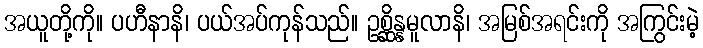
အယူတို့ကို။ ပဟီနာနိ၊ ပယ်အပ်ကုန်သည်။ ဥစ္ဆိန္နမူလာနိ၊ အမြစ်အရင်းကို အကြွင်းမဲ့